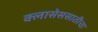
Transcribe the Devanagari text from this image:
क्लासेससाठीचा